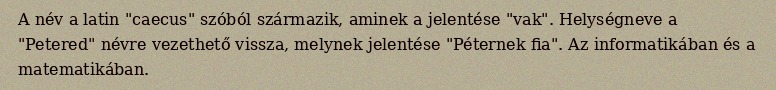
A név a latin "caecus" szóból származik, aminek a jelentése "vak". Helységneve a "Petered" névre vezethető vissza, melynek jelentése "Péternek fia". Az informatikában és a matematikában.